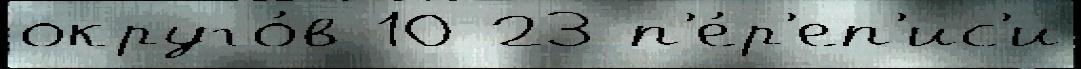
округо́в 10 23 п'е́р'еп'ис'и